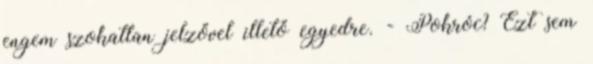
engem szokatlan jelzővel illető egyedre. - Pokróc? Ezt sem